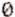
0